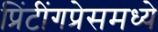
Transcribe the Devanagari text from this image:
प्रिंटींगप्रेसमध्ये